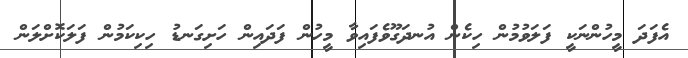
އެފަދަ މީހުންނަކީ ފަލަވުމުން ހިކެން އުނދަގޫވެފައިވާ މީހުން ފަދައިން ހަށިގަނޑު ހިކިކަމުން ފަލަކޮށްލަން